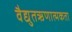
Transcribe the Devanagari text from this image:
वैद्युतऋणात्मकता